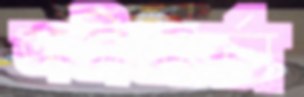
অতীতচর্চা